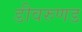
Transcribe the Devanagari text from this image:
डीवरुणड